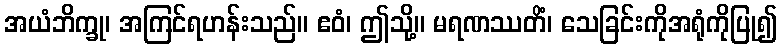
အယံဘိက္ခု၊ အကြင်ရဟန်းသည်။ ဧဝံ၊ ဤသို့။ မရဏဿတိံ၊ သေခြင်းကိုအရုံကိုပြု၍